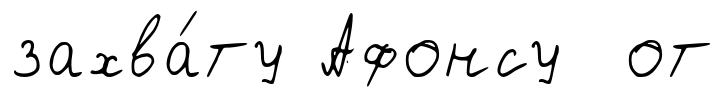
захва́ту Афонсу от